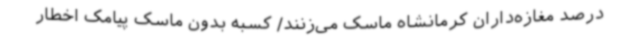
درصد مغازه‌داران کرمانشاه ماسک می‌زنند/ کسبه بدون ماسک پیامک اخطار